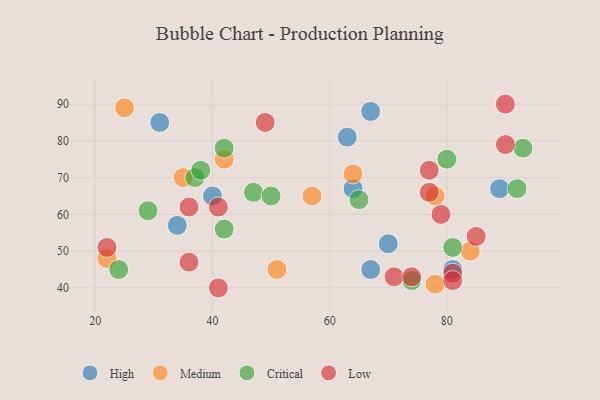
{"axis": {"x": "GDP", "y": "Life Expectancy"}, "legend": ["Critical", "High", "Low", "Medium"], "data": [{"x": "63", "y": 81, "type": "High"}, {"x": "89", "y": 67, "type": "High"}, {"x": "34", "y": 57, "type": "High"}, {"x": "67", "y": 45, "type": "High"}, {"x": "64", "y": 67, "type": "High"}, {"x": "70", "y": 52, "type": "High"}, {"x": "81", "y": 45, "type": "High"}, {"x": "31", "y": 85, "type": "High"}, {"x": "67", "y": 88, "type": "High"}, {"x": "40", "y": 65, "type": "High"}, {"x": "22", "y": 48, "type": "Medium"}, {"x": "42", "y": 75, "type": "Medium"}, {"x": "84", "y": 50, "type": "Medium"}, {"x": "35", "y": 70, "type": "Medium"}, {"x": "78", "y": 41, "type": "Medium"}, {"x": "78", "y": 65, "type": "Medium"}, {"x": "25", "y": 89, "type": "Medium"}, {"x": "51", "y": 45, "type": "Medium"}, {"x": "64", "y": 71, "type": "Medium"}, {"x": "57", "y": 65, "type": "Medium"}, {"x": "47", "y": 66, "type": "Critical"}, {"x": "42", "y": 78, "type": "Critical"}, {"x": "29", "y": 61, "type": "Critical"}, {"x": "74", "y": 42, "type": "Critical"}, {"x": "42", "y": 56, "type": "Critical"}, {"x": "81", "y": 51, "type": "Critical"}, {"x": "80", "y": 75, "type": "Critical"}, {"x": "37", "y": 70, "type": "Critical"}, {"x": "24", "y": 45, "type": "Critical"}, {"x": "93", "y": 78, "type": "Critical"}, {"x": "50", "y": 65, "type": "Critical"}, {"x": "92", "y": 67, "type": "Critical"}, {"x": "65", "y": 64, "type": "Critical"}, {"x": "38", "y": 72, "type": "Critical"}, {"x": "77", "y": 66, "type": "Low"}, {"x": "36", "y": 47, "type": "Low"}, {"x": "81", "y": 44, "type": "Low"}, {"x": "22", "y": 51, "type": "Low"}, {"x": "71", "y": 43, "type": "Low"}, {"x": "41", "y": 62, "type": "Low"}, {"x": "74", "y": 43, "type": "Low"}, {"x": "79", "y": 60, "type": "Low"}, {"x": "90", "y": 79, "type": "Low"}, {"x": "36", "y": 62, "type": "Low"}, {"x": "77", "y": 72, "type": "Low"}, {"x": "41", "y": 40, "type": "Low"}, {"x": "90", "y": 90, "type": "Low"}, {"x": "49", "y": 85, "type": "Low"}, {"x": "81", "y": 42, "type": "Low"}, {"x": "85", "y": 54, "type": "Low"}]}